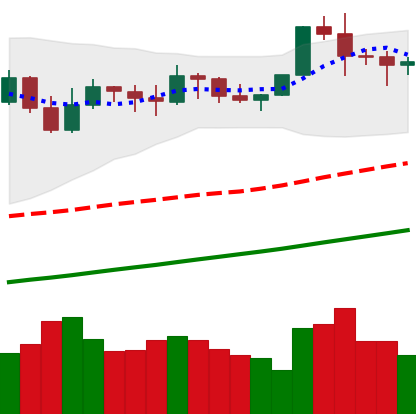
Ticker: BTC-USD
Chart end date: 2021-11-13
Forward return: -11.676%
Label: down_7plus